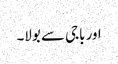
اور باجی سے بولا۔